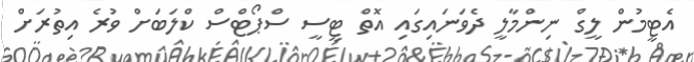
އެޓީމުން ލީގް ނިންމާލީ ދެވަނައިގައި އޮތް ޓީސީ ސްޕޯޓްސް ކްލަބަށް ވުރެ އިތުރަށް